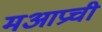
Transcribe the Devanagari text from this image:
मआप्रची